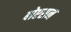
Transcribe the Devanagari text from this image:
बोएसन